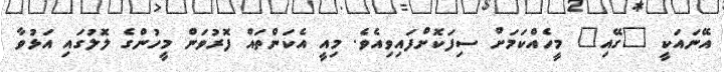
އޭނައަކީ "ގޭއި" މީހެއްކަމަށް ސިފަކޮށްފައިވިއެވެ. މިއީ އެކަންތައް ފޮރުވަން މީހުންގެ ލޮލުގައި އަޅުވާ